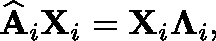
\widehat { \mathbf { A } } _ { i } \mathbf { X } _ { i } = \mathbf { X } _ { i } \mathbf { \Lambda } _ { i } ,